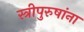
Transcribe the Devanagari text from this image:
स्त्रीपुरुषांना